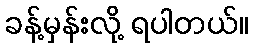
ခန့်မှန်းလို့ ရပါတယ်။